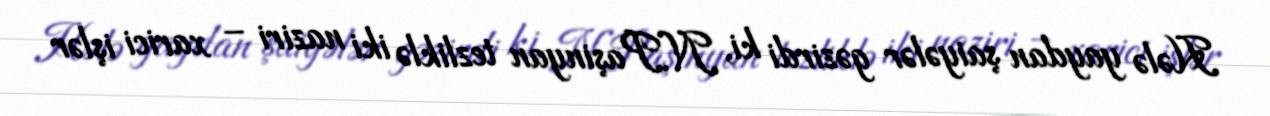
Hələ yaydan şaiyələr gəzirdi ki, N.Paşinyan tezliklə iki naziri – xarici işlər